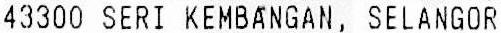
43300 SERI KEMBANGAN, SELANGOR